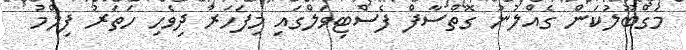
މަގްބޫލުކަން ގެއްލުނު ގޮތްސާފް ފެސްޓިވަލްގައި މިފަހަރު ދިވެހި ހަތަރު ފިލްމު